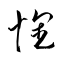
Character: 懐